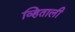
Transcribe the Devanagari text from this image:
व्हिताली